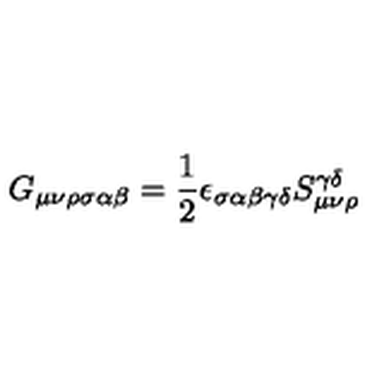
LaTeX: G _ { \mu \nu \rho \sigma \alpha \beta } = \frac { 1 } { 2 } \epsilon _ { \sigma \alpha \beta \gamma \delta } S _ { \mu \nu \rho } ^ { \gamma \delta }